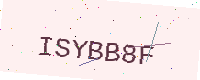
Text: ISYBB8F